Source: Handwritten
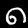
Digit: ၈ (8)